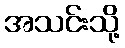
အသင်းသို့